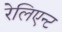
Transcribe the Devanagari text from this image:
रेलिएन्ट